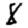
Digit: 8